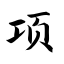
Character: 项